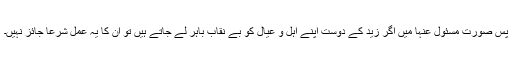
پس صورتِ مسئول عنہا میں اگر زید کے دوست اپنے اہل و عیال کو بے نقاب باہر لے جاتے ہیں تو اُن کا یہ عمل شرعا ًجائز نہیں۔